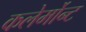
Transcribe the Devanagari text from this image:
कलेर्मोन्ट